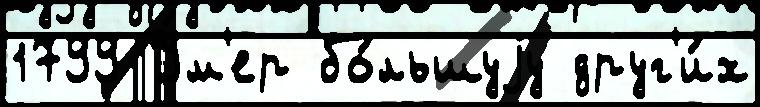
1799 У́м'ер бо́льшуjу друг'и́х